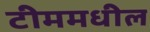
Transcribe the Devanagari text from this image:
टीममधील